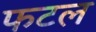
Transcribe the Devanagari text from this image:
फटल